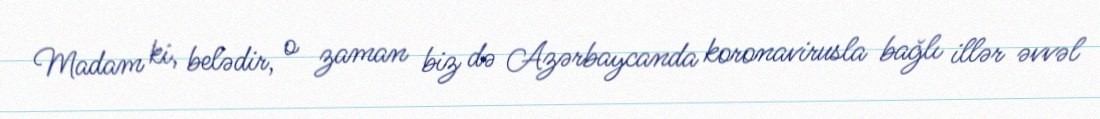
Madam ki, belədir, o zaman biz də Azərbaycanda koronavirusla bağlı illər əvvəl